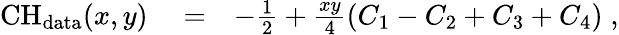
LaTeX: \begin{array}{rlr}{\mathrm{CH}_{\mathrm{data}}(x,y)}&{{}=}&{-\frac{1}{2}+\frac{xy}{4}\left(C_{1}-C_{2}+C_{3}+C_{4}\right)\; ,}\end{array}